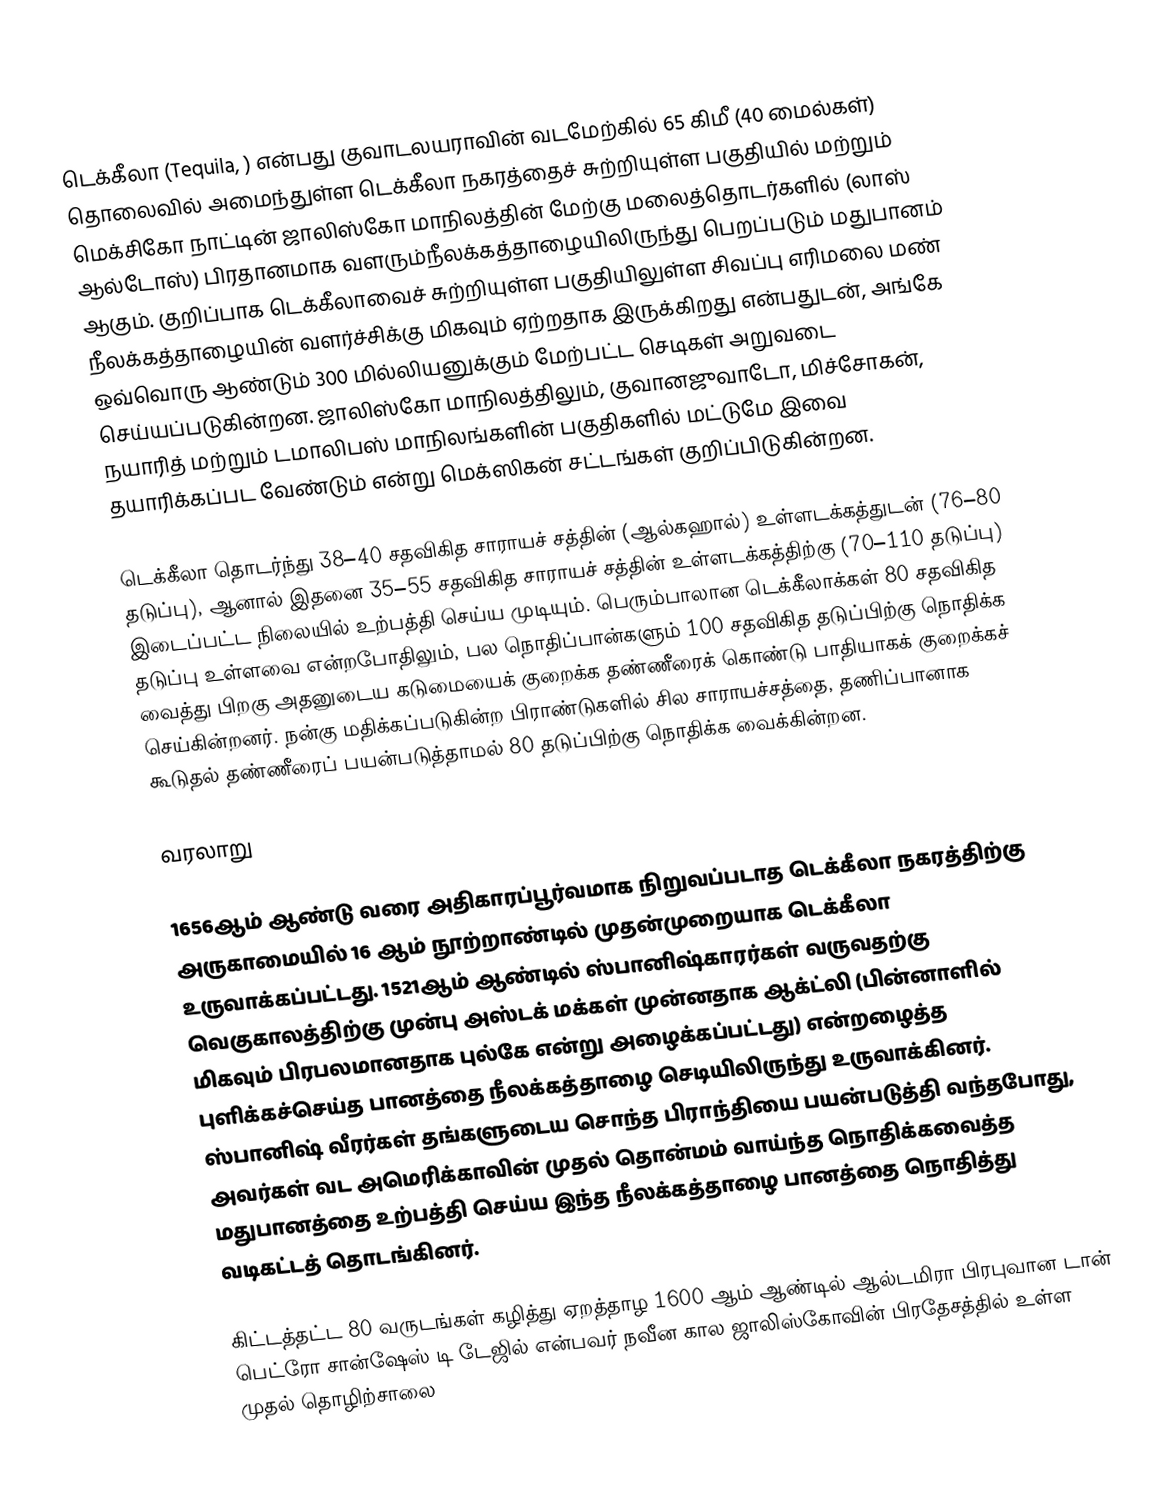
டெக்கீலா (Tequila, ) என்பது குவாடலயராவின் வடமேற்கில் 65 கிமீ (40 மைல்கள்) தொலைவில் அமைந்துள்ள டெக்கீலா நகரத்தைச் சுற்றியுள்ள பகுதியில் மற்றும் மெக்சிகோ நாட்டின் ஜாலிஸ்கோ மாநிலத்தின் மேற்கு மலைத்தொடர்களில் (லாஸ் ஆல்டோஸ்) பிரதானமாக வளரும்நீலக்கத்தாழையிலிருந்து பெறப்படும் மதுபானம் ஆகும். குறிப்பாக டெக்கீலாவைச் சுற்றியுள்ள பகுதியிலுள்ள சிவப்பு எரிமலை மண் நீலக்கத்தாழையின் வளர்ச்சிக்கு மிகவும் ஏற்றதாக இருக்கிறது என்பதுடன், அங்கே ஒவ்வொரு ஆண்டும் 300 மில்லியனுக்கும் மேற்பட்ட செடிகள் அறுவடை செய்யப்படுகின்றன. ஜாலிஸ்கோ மாநிலத்திலும், குவானஜுவாடோ, மிச்சோகன், நயாரித் மற்றும் டமாலிபஸ் மாநிலங்களின் பகுதிகளில் மட்டுமே இவை தயாரிக்கப்பட வேண்டும் என்று மெக்ஸிகன் சட்டங்கள் குறிப்பிடுகின்றன.

டெக்கீலா தொடர்ந்து 38–40 சதவிகித சாராயச் சத்தின் (ஆல்கஹால்) உள்ளடக்கத்துடன் (76–80 தடுப்பு), ஆனால் இதனை 35–55 சதவிகித சாராயச் சத்தின் உள்ளடக்கத்திற்கு (70–110 தடுப்பு) இடைப்பட்ட நிலையில் உற்பத்தி செய்ய முடியும். பெரும்பாலான டெக்கீலாக்கள் 80 சதவிகித தடுப்பு உள்ளவை என்றபோதிலும், பல நொதிப்பான்களும் 100 சதவிகித தடுப்பிற்கு நொதிக்க வைத்து பிறகு அதனுடைய கடுமையைக் குறைக்க தண்ணீரைக் கொண்டு பாதியாகக் குறைக்கச் செய்கின்றனர். நன்கு மதிக்கப்படுகின்ற பிராண்டுகளில் சில சாராயச்சத்தை, தணிப்பானாக கூடுதல் தண்ணீரைப் பயன்படுத்தாமல் 80 தடுப்பிற்கு நொதிக்க வைக்கின்றன.

வரலாறு

1656ஆம் ஆண்டு வரை அதிகாரப்பூர்வமாக நிறுவப்படாத டெக்கீலா நகரத்திற்கு அருகாமையில் 16 ஆம் நூற்றாண்டில் முதன்முறையாக டெக்கீலா உருவாக்கப்பட்டது. 1521ஆம் ஆண்டில் ஸ்பானிஷ்காரர்கள் வருவதற்கு வெகுகாலத்திற்கு முன்பு அஸ்டக் மக்கள் முன்னதாக ஆக்ட்லி (பின்னாளில் மிகவும் பிரபலமானதாக புல்கே என்று அழைக்கப்பட்டது) என்றழைத்த புளிக்கச்செய்த பானத்தை நீலக்கத்தாழை செடியிலிருந்து உருவாக்கினர். ஸ்பானிஷ் வீரர்கள் தங்களுடைய சொந்த பிராந்தியை பயன்படுத்தி வந்தபோது, அவர்கள் வட அமெரிக்காவின் முதல் தொன்மம் வாய்ந்த நொதிக்கவைத்த மதுபானத்தை உற்பத்தி செய்ய இந்த நீலக்கத்தாழை பானத்தை நொதித்து வடிகட்டத் தொடங்கினர்.

கிட்டத்தட்ட 80 வருடங்கள் கழித்து ஏறத்தாழ 1600 ஆம் ஆண்டில் ஆல்டமிரா பிரபுவான டான் பெட்ரோ சான்ஷேஸ் டி டேஜில் என்பவர் நவீன கால ஜாலிஸ்கோவின் பிரதேசத்தில் உள்ள முதல் தொழிற்சாலை